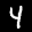
Label: 4